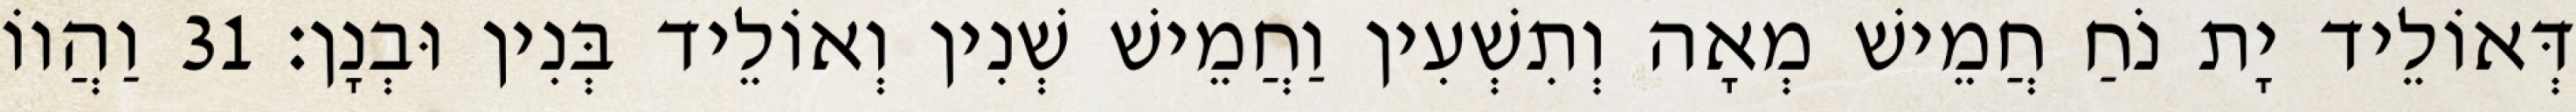
דְּאוֹלֵיד יָת נֹחַ חֲמֵישׁ מְאָה וְתִשְׁעִין וַחֲמֵישׁ שְׁנִין וְאוֹלֵיד בְּנִין וּבְנָן׃ 31 וַהֲווֹ